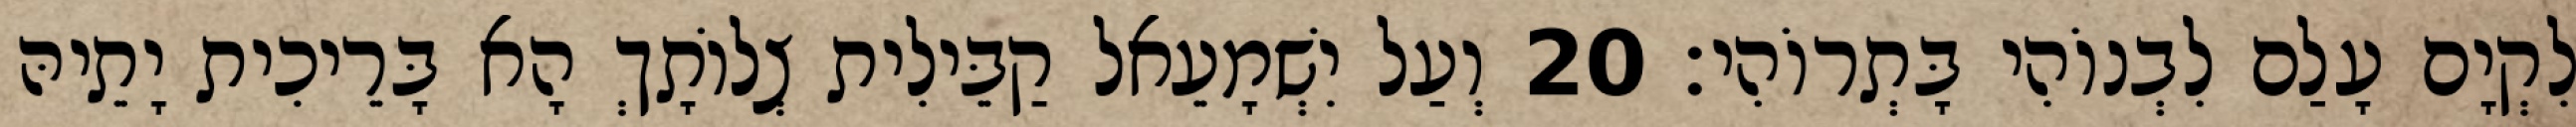
לִקְיָם עָלַם לִבְנוֹהִי בָּתְרוֹהִי׃ 20 וְעַל יִשְׁמָעֵאל קַבֵּילִית צְלוֹתָךְ הָא בָּרֵיכִית יָתֵיהּ